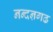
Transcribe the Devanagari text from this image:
नन्दऩगढ